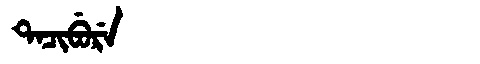
Manchu: ᡨᠠᠴᡳᠪᡠᡵᡝ
Romanization: TACIBURE